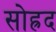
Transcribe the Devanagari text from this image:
सोह्रद